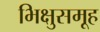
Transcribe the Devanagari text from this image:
भिक्षुसमूह